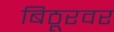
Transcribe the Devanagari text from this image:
बिठूरवर